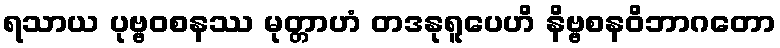
ရသာယ ပုဗ္ဗဝစနဿ မုတ္တာဟံ တဒနုရူပေဟိ နိဗ္ဗစနဝိဘာဂတော